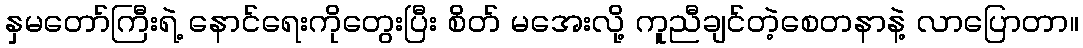
နှမတော်ကြီးရဲ့ နောင်ရေးကိုတွေးပြီး စိတ် မအေးလို့ ကူညီချင်တဲ့စေတနာနဲ့ လာပြောတာ။